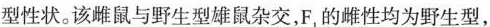
型性状。该雌鼠与野生型雄鼠杂交，F，的雌性均为野生型，